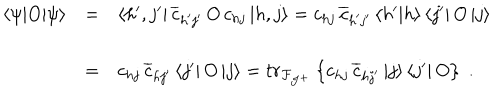
\begin{array} { l l l } { { \left< \psi | O | \psi \right> } } & { { = } } & { { \left< h ^ { \prime } , j ^ { \prime } \right| \overline { { { c } } } _ { h ^ { \prime } j ^ { \prime } } \, O \, { c } _ { h j } \left| h , j \right> = { c } _ { h j } \, \overline { { { c } } } _ { h ^ { \prime } j ^ { \prime } } \left< h ^ { \prime } | h \right> \left< j ^ { \prime } \right| O \left| j \right> } } \\ { { } } & { { = } } & { { { c } _ { h j } \, \overline { { { c } } } _ { h j ^ { \prime } } \left< j ^ { \prime } \right| O \left| j \right> = t r _ { \cal F _ { J ^ { + } } } \left\{ { c } _ { h j } \, \overline { { { c } } } _ { h j ^ { \prime } } \left| j \right> \left< j ^ { \prime } \right| O \right\} \; . } } \\ \end{array}